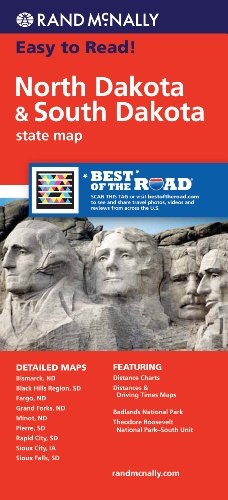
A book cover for Rand McNally Folded Map: North Dakota, South Dakota (Rand McNally State Maps); Rand McNally; Travel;